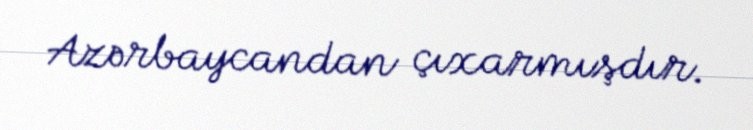
Azərbaycandan çıxarmışdır.